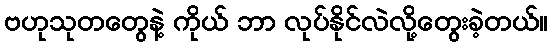
ဗဟုသုတတွေနဲ့ ကိုယ် ဘာ လုပ်နိုင်လဲလို့တွေးခဲ့တယ်။